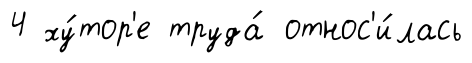
4 ху́тор'е труда́ относ'и́лась